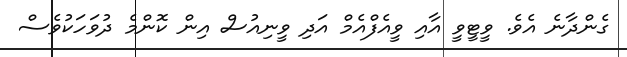
ގެންދާނެ އެވެ. ވީޓީވީ އާއި ވީއެފްއެމް އަދި ވީނިއުސް އިން ކޮންމެ ދުވަހަކުވެސް